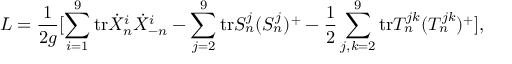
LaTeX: { \cal L } = \frac { 1 } { 2 g } [ \sum _ { i = 1 } ^ { 9 } \mathrm { t r } \dot { X } _ { n } ^ { i } \dot { X } _ { - n } ^ { i } - \sum _ { j = 2 } ^ { 9 } \mathrm { t r } S _ { n } ^ { j } ( S _ { n } ^ { j } ) ^ { + } - \frac { 1 } { 2 } \sum _ { j , k = 2 } ^ { 9 } \mathrm { t r } T _ { n } ^ { j k } ( T _ { n } ^ { j k } ) ^ { + } ] ,